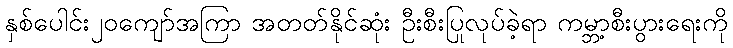
နှစ်ပေါင်း၂၀ကျော်အကြာ အတတ်နိုင်ဆုံး ဦးစီးပြုလုပ်ခဲ့ရာ ကမ္ဘာ့စီးပွားရေးကို